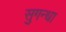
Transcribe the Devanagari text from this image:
सुगन्धा